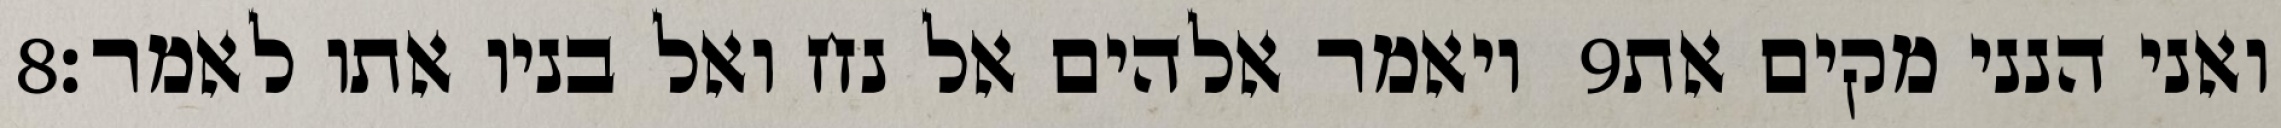
‎8‏ ויאמר אלהים אל נח ואל בניו אתו לאמר׃ ‎9‏ ואני הנני מקים את